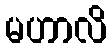
မဟာလိ